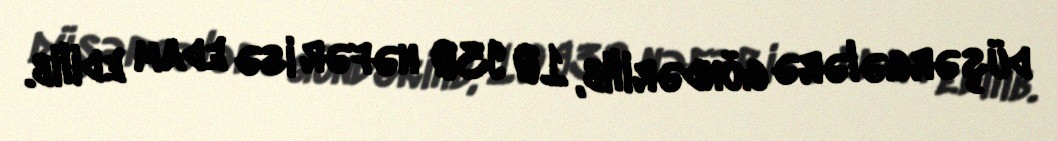
düşərgələrə göndərilib, 10 930 nəfər isə edam edilib.